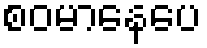
စဝမာနေပေ